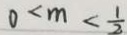
0 < m < \frac { 1 } { 2 }